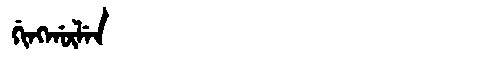
Manchu: ᡤᡳᠩᡤᡡᠯᡝᠨ
Romanization: GINGGŪLEN